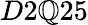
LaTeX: D2\mathbb{Q}25